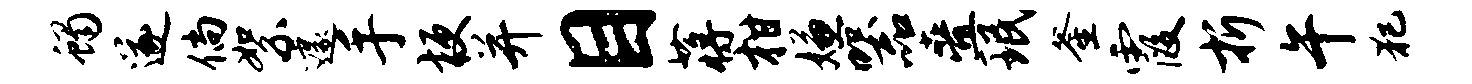
蝎遂倘絮遽手梗并目蒋柑嫌器叠珉釜霞折午犯